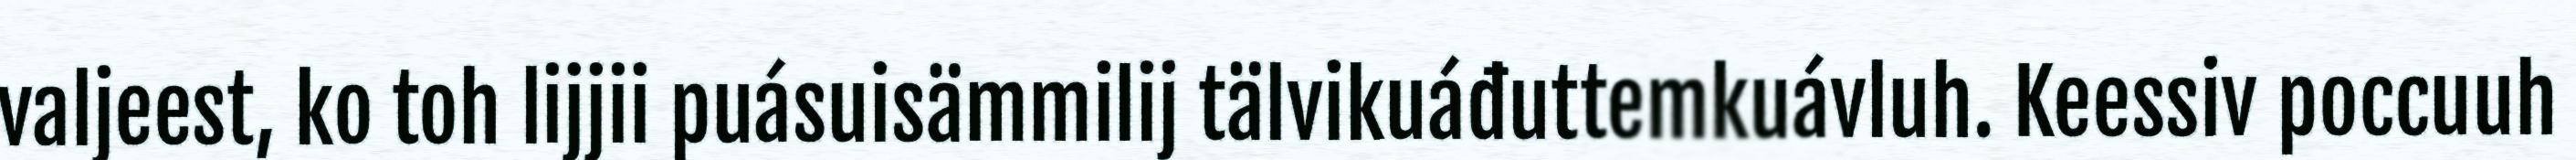
valjeest, ko toh lijjii puásuisämmilij tälvikuáđuttemkuávluh. Keessiv poccuuh